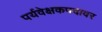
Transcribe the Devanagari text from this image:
पर्यवेक्षकपदावर